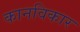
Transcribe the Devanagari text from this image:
कानविकार